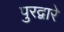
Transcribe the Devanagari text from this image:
पुरद्वारे